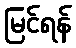
မြင်ရန်